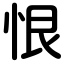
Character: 恨